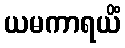
ယမကာရယိံ